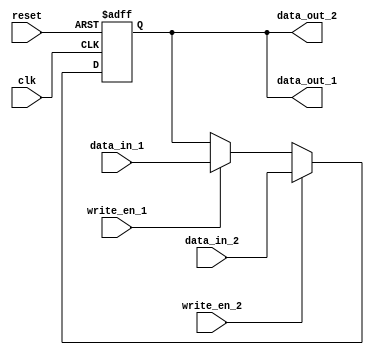
module dual_port_register(
    input wire clk,
    input wire reset,
    input wire write_en_1,
    input wire write_en_2,
    input wire [7:0] data_in_1,
    input wire [7:0] data_in_2,
    output reg [7:0] data_out_1,
    output reg [7:0] data_out_2
);

reg [7:0] register;

always @(posedge clk or posedge reset) begin
    if (reset) begin
        register <= 8'b0;
    end else begin
        if (write_en_1) begin
            register <= data_in_1;
        end
        if (write_en_2) begin
            register <= data_in_2;
        end
    end
end

assign data_out_1 = register;
assign data_out_2 = register;

endmodule